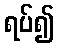
ရပ်၍